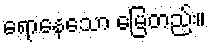
ရောနေသော မြေတည်း။